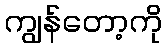
ကျွန်တော့ကို